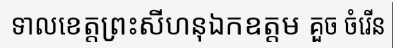
ទាលខេត្តព្រះសីហនុឯកឧត្តម គួច ចំរើន